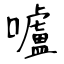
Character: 嚧